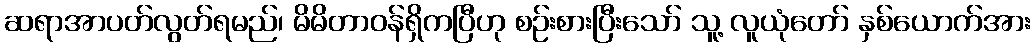
ဆရာအာပတ်လွတ်ရမည်၊ မိမိတာဝန်ရှိကပြီဟု စဉ်းစားပြီးသော် သူ့ လူယုံတော် နှစ်ယောက်အား